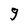
Character: g